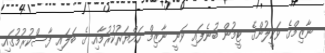
ނާޒިމްގެ ވަކީލުންގެ ޓީމުން ބުނެފައި ވަނީ ނާޒިމް ހައްޔަރުކުރުމާއި ގެ ބަލައި ފާސްކުރުމުގައި